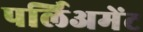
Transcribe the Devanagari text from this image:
पर्लिअमेंट